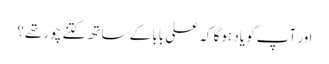
اور آپ کو یاد ہوگا کہ علی بابا کے ساتھ کتنے چور تھے؟